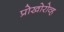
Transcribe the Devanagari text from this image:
प्रोखोरोव्ह